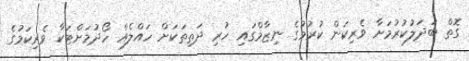
ގޮތް ބަދަލުކުރުމަށާ ވެރިކަން ކުރުމުގެ ނިޒާމްގައި ހުރި ދަތިތަކަށް ހައްލެއް ހޯދުމަށްޓަކާ ވެރިކަމުގެ